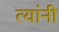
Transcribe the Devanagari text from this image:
त्यांनी